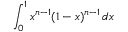
\int _ { 0 } ^ { 1 } x ^ { n - 1 } ( 1 - x ) ^ { n - 1 } \, d x